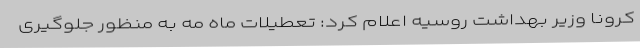
کرونا وزیر بهداشت روسیه اعلام کرد: تعطیلات ماه مه به منظور جلوگیری